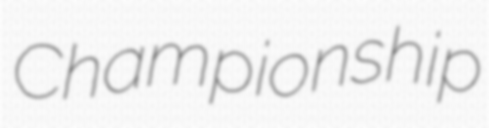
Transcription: Championship